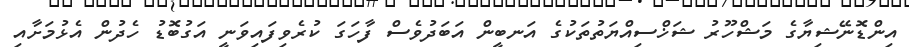
އިންޑޮނޭޝިޔާގެ މަޝްހޫރު ޝަޚްސިއްޔަތުތަކުގެ އަނބީން އަބަދުވެސް ފާހަގަ ކުރެވިފައިވަނީ އަގުބޮޑު ހެދުން އެޅުމަށާއި